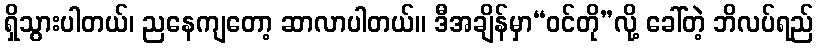
ရှိသွားပါတယ်၊ ညနေကျတော့ ဆာလာပါတယ်။ ဒီအချိန်မှာ“ဝင်တို”လို့ ခေါ်တဲ့ ဘိလပ်ရည်